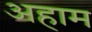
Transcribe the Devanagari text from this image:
अहाम